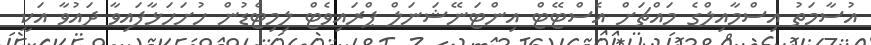
އުސާމަތު އިސްމާއިލްގެ މައްޗަށް އެސްޓޭޓް އިންޓަނޭޝަނަލް ޕްރައިވެޓް ލިމިޓެޑުން ހުށަހަޅާފައިވާ ދައުވާ އަކީ